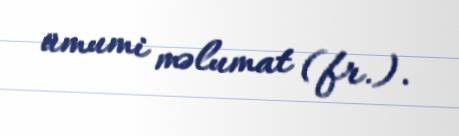
ümumi məlumat (fr.).